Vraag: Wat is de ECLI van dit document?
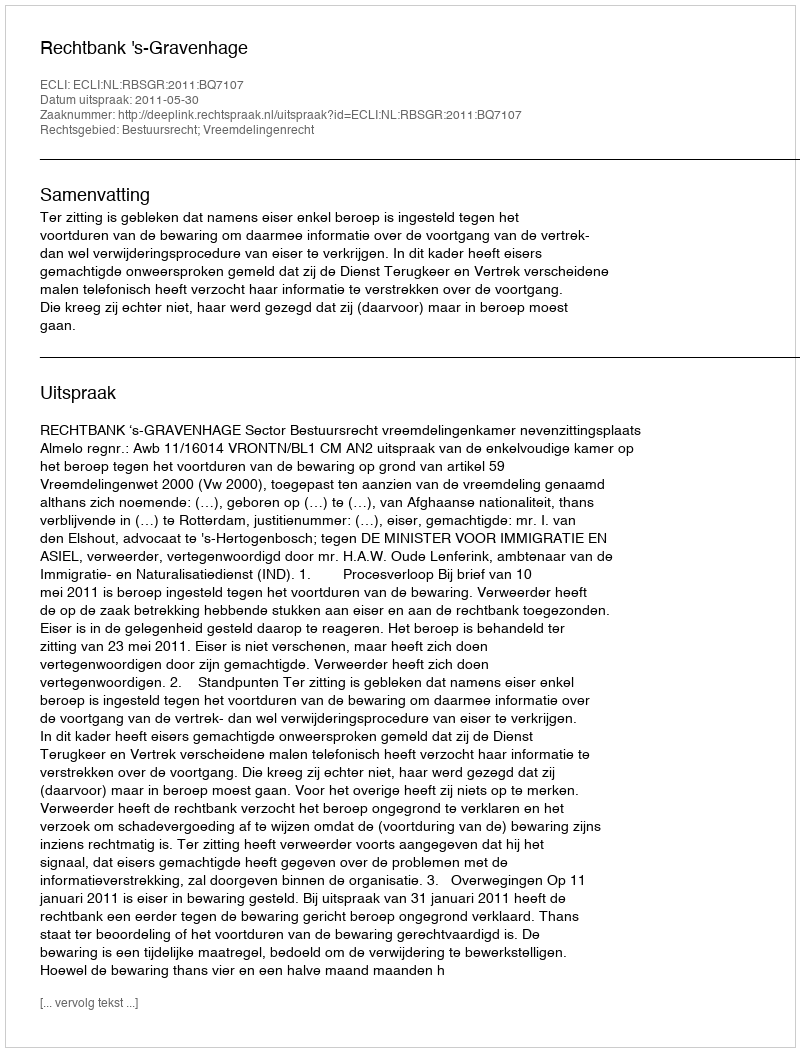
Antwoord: ECLI:NL:RBSGR:2011:BQ7107